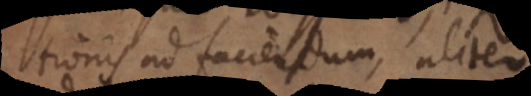
obligationis ad faciendum, aliter